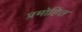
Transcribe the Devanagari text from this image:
प्रमोहित